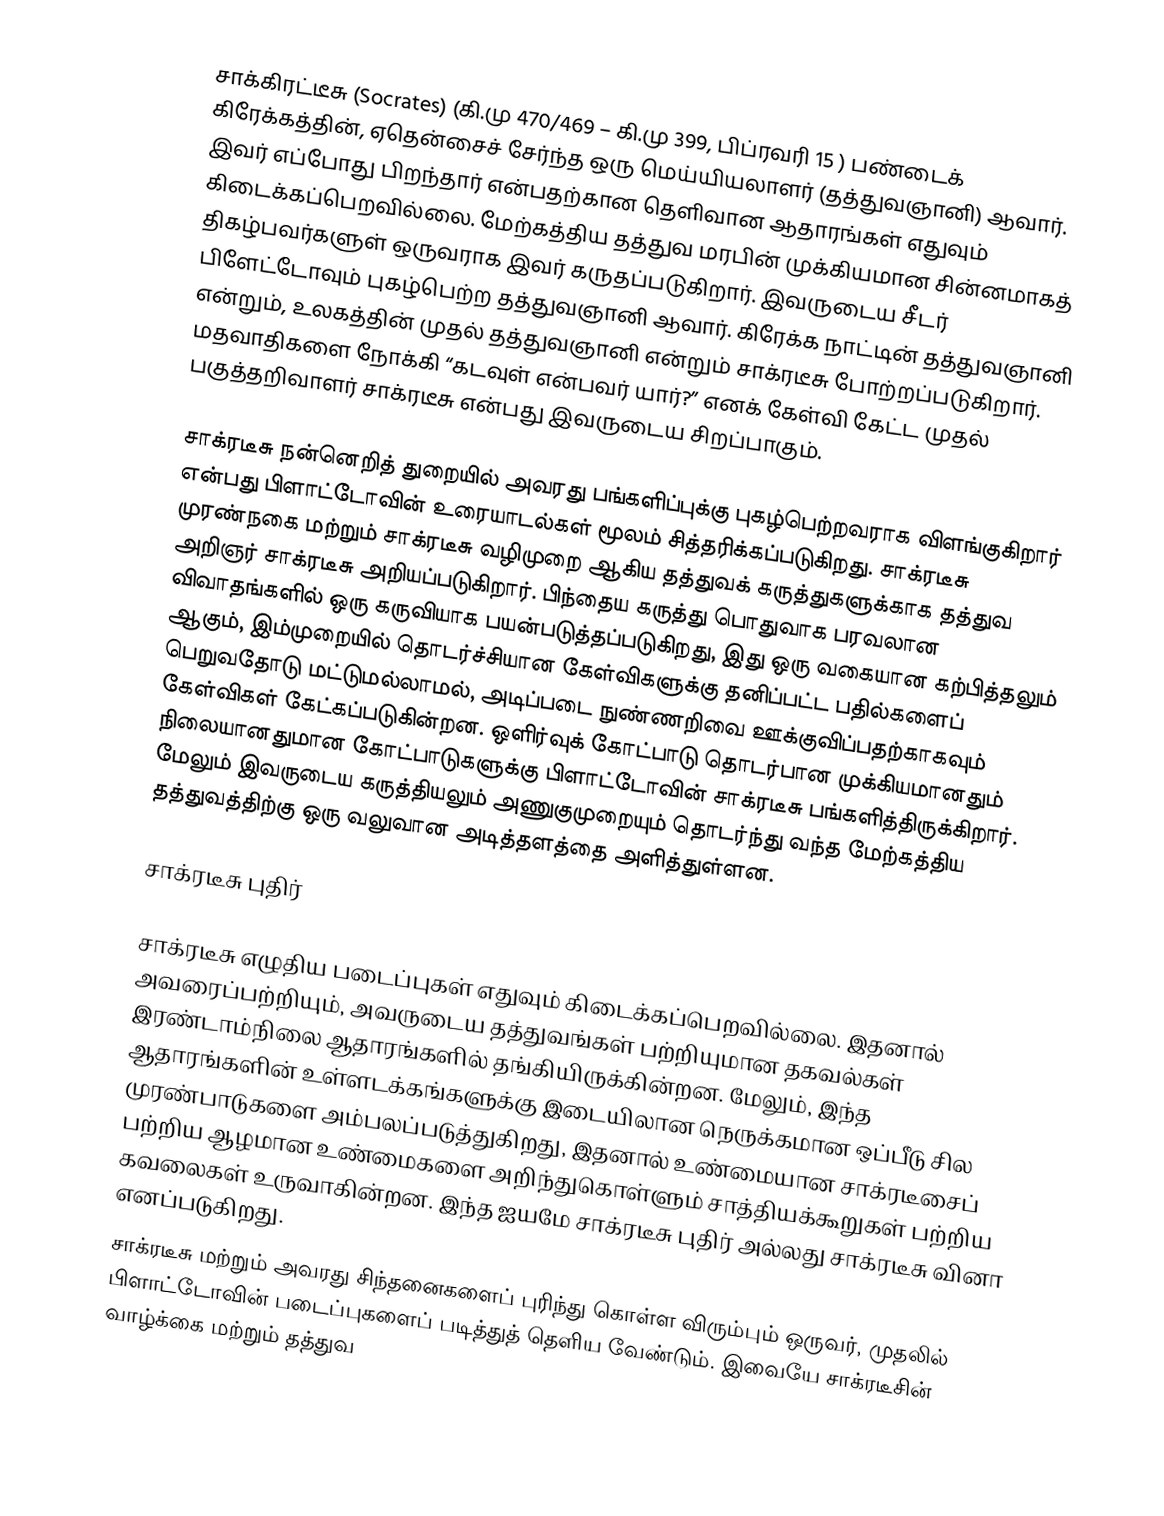
சாக்கிரட்டீசு  (Socrates)  (கி.மு 470/469 – கி.மு 399, பிப்ரவரி 15 )  பண்டைக் கிரேக்கத்தின், ஏதென்சைச் சேர்ந்த ஒரு மெய்யியலாளர் (தத்துவஞானி) ஆவார். இவர் எப்போது பிறந்தார் என்பதற்கான தெளிவான ஆதாரங்கள் எதுவும் கிடைக்கப்பெறவில்லை. மேற்கத்திய தத்துவ மரபின் முக்கியமான சின்னமாகத் திகழ்பவர்களுள் ஒருவராக இவர் கருதப்படுகிறார்.  இவருடைய சீடர் பிளேட்டோவும்  புகழ்பெற்ற தத்துவஞானி ஆவார். கிரேக்க நாட்டின் தத்துவஞானி என்றும், உலகத்தின் முதல் தத்துவஞானி என்றும் சாக்ரடீசு போற்றப்படுகிறார். மதவாதிகளை நோக்கி “கடவுள் என்பவர் யார்?” எனக் கேள்வி கேட்ட முதல் பகுத்தறிவாளர் சாக்ரடீசு என்பது இவருடைய சிறப்பாகும்.

சாக்ரடீசு நன்னெறித் துறையில் அவரது பங்களிப்புக்கு புகழ்பெற்றவராக விளங்குகிறார் என்பது பிளாட்டோவின் உரையாடல்கள் மூலம் சித்தரிக்கப்படுகிறது. சாக்ரடீசு முரண்நகை மற்றும் சாக்ரடீசு வழிமுறை ஆகிய தத்துவக் கருத்துகளுக்காக தத்துவ அறிஞர் சாக்ரடீசு அறியப்படுகிறார். பிந்தைய கருத்து பொதுவாக பரவலான விவாதங்களில் ஒரு கருவியாக பயன்படுத்தப்படுகிறது, இது ஒரு வகையான கற்பித்தலும் ஆகும், இம்முறையில்  தொடர்ச்சியான கேள்விகளுக்கு தனிப்பட்ட பதில்களைப் பெறுவதோடு மட்டுமல்லாமல், அடிப்படை நுண்ணறிவை ஊக்குவிப்பதற்காகவும் கேள்விகள் கேட்கப்படுகின்றன. ஒளிர்வுக் கோட்பாடு தொடர்பான முக்கியமானதும் நிலையானதுமான கோட்பாடுகளுக்கு பிளாட்டோவின் சாக்ரடீசு பங்களித்திருக்கிறார்.  மேலும் இவருடைய கருத்தியலும் அணுகுமுறையும் தொடர்ந்து வந்த மேற்கத்திய தத்துவத்திற்கு ஒரு வலுவான அடித்தளத்தை அளித்துள்ளன.

சாக்ரடீசு புதிர்

சாக்ரடீசு எழுதிய படைப்புகள் எதுவும் கிடைக்கப்பெறவில்லை. இதனால் அவரைப்பற்றியும், அவருடைய தத்துவங்கள் பற்றியுமான தகவல்கள் இரண்டாம்நிலை ஆதாரங்களில் தங்கியிருக்கின்றன. மேலும், இந்த ஆதாரங்களின் உள்ளடக்கங்களுக்கு இடையிலான நெருக்கமான ஒப்பீடு சில முரண்பாடுகளை அம்பலப்படுத்துகிறது, இதனால் உண்மையான சாக்ரடீசைப் பற்றிய ஆழமான உண்மைகளை  அறிந்துகொள்ளும் சாத்தியக்கூறுகள் பற்றிய கவலைகள் உருவாகின்றன. இந்த ஐயமே  சாக்ரடீசு புதிர்  அல்லது சாக்ரடீசு வினா  எனப்படுகிறது.
சாக்ரடீசு மற்றும் அவரது சிந்தனைகளைப் புரிந்து கொள்ள விரும்பும் ஒருவர், முதலில்  பிளாட்டோவின் படைப்புகளைப் படித்துத் தெளிய வேண்டும். இவையே சாக்ரடீசின் வாழ்க்கை மற்றும் தத்துவ